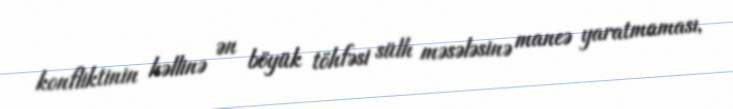
konfliktinin həllinə ən böyük töhfəsi sülh məsələsinə maneə yaratmaması,